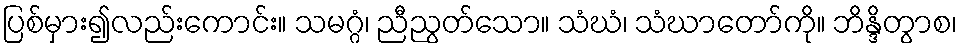
ပြစ်မှား၍လည်းကောင်း။ သမဂ္ဂံ၊ ညီညွတ်သော။ သံဃံ၊ သံဃာတော်ကို။ ဘိန္ဒိတွာစ၊